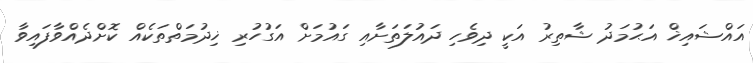
އައްޝައިޚް އަޙުމަދު ޝާތިރު އަކީ ދިވެހި ދައުލަތަށާއި ގައުމަށް އަގުހުރި ޚިދުމަތްތަކެއް ކޮށްދެއްވާފައިވާ